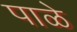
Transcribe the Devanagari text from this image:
पाळे